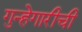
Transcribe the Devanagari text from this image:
गुन्हेगारीची